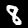
Digit: 8